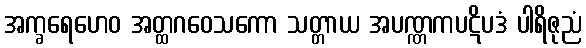
အက္ခရေဟေဝ အတ္ထဂဝေသကော သတ္တာယ အပဏ္ဏကပဋိပဒံ ပါရိဇုညံ